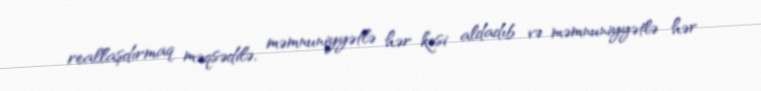
reallaşdırmaq məqsədilə, məmnuniyyətlə hər kəsi aldadıb və məmnuniyyətlə hər